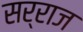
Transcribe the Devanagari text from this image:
सर्राज